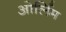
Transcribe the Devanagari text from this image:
ओर्लिम